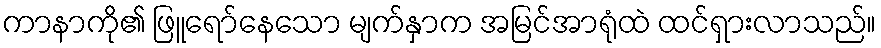
ကာနာကို၏ ဖြူရော်နေသော မျက်နှာက အမြင်အာရုံထဲ ထင်ရှားလာသည်။